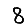
Digit: 8